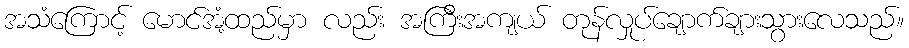
အသံကြောင့် မောင်အံ့ထည်မှာ လည်း အကြီးအကျယ် တုန်လှုပ်ချောက်ချားသွားလေသည်။